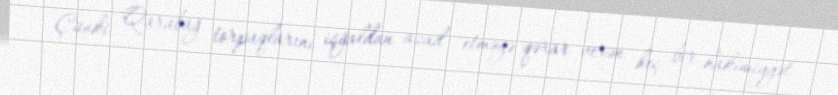
Çünki Qarabağ torpaqlarını işğaldan azad etməyə qərar verən heç bir hakimiyyət